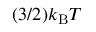
( 3 / 2 ) k _ { \mathrm { B } } T